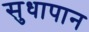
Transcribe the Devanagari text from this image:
सुधापान